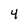
Character: 4